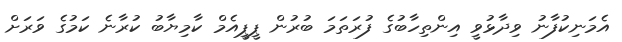
އެމަނިކުފާނު ވިދާޅުވީ އިންތިހާބުގެ ފުރަތަމަ ބުރުން ޕީޕީއެމް ކާމިޔާބު ކުރާނެ ކަމުގެ ވަރަށް